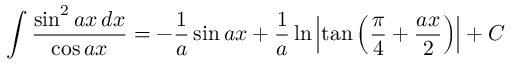
\int { \frac { \sin ^ { 2 } a x \, d x } { \cos a x } } = - { \frac { 1 } { a } } \sin a x + { \frac { 1 } { a } } \ln \left| \tan \left( { \frac { \pi } { 4 } } + { \frac { a x } { 2 } } \right) \right| + C